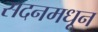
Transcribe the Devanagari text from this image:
सदनमधून